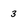
Character: 3